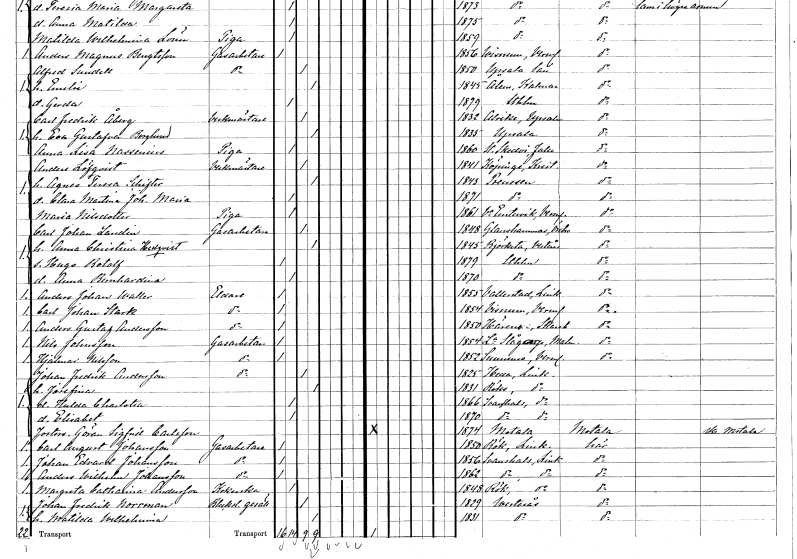
gt_parse: households: individuals: FN: Anders
EN: Löfqvist
YRKE: Verkmästare
KON: M
CIV: G
FODAR: 1841
FODFORS: Köpinge Malmöhus län
FN: Agnes Teresa
EN: Schifter
KON: K
CIV: G
FODAR: 1843
FN: Clara Martina Johanna Maria
KON: K
CIV: O
FODAR: 1871
FN: Maria
EN: Nilsdotter
YRKE: Piga
KON: K
CIV: O
FODAR: 1861
FODFORS: Västra Ämtervik Värmlands län
FN: Carl Johan
EN: Landin
YRKE: Gasarbetare
KON: M
CIV: G
FODAR: 1848
FODFORS: Glanshammar Örebro län
FN: Anna Christina
EN: Hedqvist
KON: K
CIV: G
FODAR: 1845
FODFORS: Björksta Västmanlands län
FN: Hugo Botolf
KON: M
CIV: O
FODAR: 1879
FODFORS: Stockholm
FN: Anna Bernhardina
KON: K
CIV: O
FODAR: 1870
FODFORS: Stockholm
FN: Anders Johan
EN: Waller
YRKE: Eldare
KON: M
CIV: O
FODAR: 1855
FODFORS: Vallerstad Östergötlands län
FN: Carl Johan
EN: Stark
YRKE: Eldare
KON: M
CIV: O
FODAR: 1854
FODFORS: Visnum Värmlands län
FN: Anders Gustaf
EN: Andersson
YRKE: Eldare
KON: M
CIV: O
FODAR: 1850
FODFORS: Härene Skaraborgs län
FN: Nils
EN: Johnsson
YRKE: Gasarbetare
KON: M
CIV: O
FODAR: 1854
FODFORS: Lilla Slågarp Malmöhus län
FN: Hjalmar
EN: Nilsson
YRKE: Gasarbetare
KON: M
CIV: O
FODAR: 1852
FODFORS: Sunnemo Värmlands län
FN: Johan Fredrik
EN: Andersson
YRKE: Gasarbetare
KON: M
CIV: G
FODAR: 1825
FODFORS: Heda Östergötlands län
FN: Josefina
KON: K
CIV: G
FODAR: 1831
FODFORS: Rök Östergötlands län
FN: Hulda Charlotta
KON: K
CIV: O
FODAR: 1866
FODFORS: Svanshals Östergötlands län
FN: Elisabet
KON: K
CIV: O
FODAR: 1870
FODFORS: Svanshals Östergötlands län
FN: Göran Sigfrid
EN: Carlsson
KON: M
CIV: O
FODAR: 1874
FODFORS: Motala Östergötlands län
FN: Carl August
EN: Johansson
YRKE: Gasarbetare
KON: M
CIV: O
FODAR: 1850
FODFORS: Rök Östergötlands län
FN: Johan Edvard
EN: Johansson
YRKE: Gasarbetare
KON: M
CIV: O
FODAR: 1856
FODFORS: Svanshals Östergötlands län
FN: Anders Wilhelm
EN: Johansson
YRKE: Gasarbetare
KON: M
CIV: O
FODAR: 1862
FODFORS: Svanshals Östergötlands län
FN: Margreta Catharina
EN: Andersson
YRKE: Kokerska
KON: K
CIV: O
FODAR: 1848
FODFORS: Rök Östergötlands län
FN: Johan Fredrik
EN: Norrman
YRKE: Bleckslagaregesäll
KON: M
CIV: G
FODAR: 1829
FODFORS: Västerås Västmanlands län
FN: Matilda Wilhelmina
KON: K
CIV: G
FODAR: 1831
FODFORS: Västerås Västmanlands län